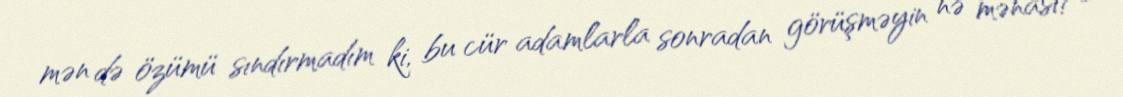
mən də özümü sındırmadım ki, bu cür adamlarla sonradan görüşməyin nə mənası?-